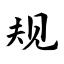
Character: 规